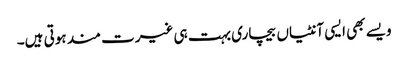
ویسے بھی ایسی آنٹیاں بیچاری بہت ہی غیرت مند ہوتی ہیں۔